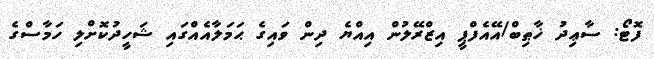
ފޮޓޯ: ސާޢިދު ޚާޠިބް/އޭއެފްޕީ އިޒްރޭލުން އިއްޔެ ދިން ވައިގެ ޙަމަލާއެއްގައި ޝަހީދުކޮށްލި ހަމާސްގެ